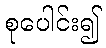
စုပေါင်း၍